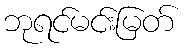
ဘုရင်မင်းမြတ်